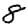
Digit: 8